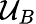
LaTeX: \mathcal{U}_{B}